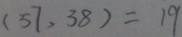
( 5 7 , 3 8 ) = 1 9